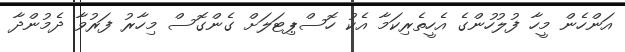
އަންހެން މީހާ ފުލުހުންގެ އެހީތެރިކަމާ އެކު ހޮސްޕިޓަލަށް ގެންގޮސް މިހާރު ފަރުވާ ދެމުންދާ